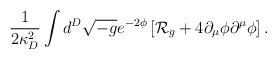
LaTeX: \begin{align*}{1\over{2\kappa^2_D}}\int d^D\sqrt{-g}e^{-2\phi}\left[{\cal R}_g+4\partial_{\mu}\phi\partial^{\mu}\phi\right].\end{align*}